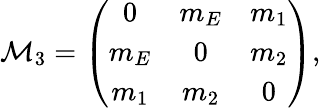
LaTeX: {\cal M}_{3}=\left(\begin{array}{ccc}{{0}}&{{m_{E}}}&{{m_{1}}}\\ {{m_{E}}}&{{0}}&{{m_{2}}}\\ {{m_{1}}}&{{m_{2}}}&{{0}}\end{array}\right),